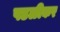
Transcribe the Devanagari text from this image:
पडळीकर